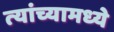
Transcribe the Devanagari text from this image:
त्‍यांच्‍यामध्‍ये